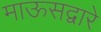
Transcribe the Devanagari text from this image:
माऊसद्वारे